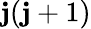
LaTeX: \mathbf{j}(\mathbf{j}+1)